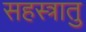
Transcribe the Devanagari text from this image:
सहस्त्रातु